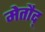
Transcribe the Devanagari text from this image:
मेतौद्